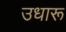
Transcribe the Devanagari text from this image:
उधारू